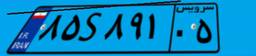
۸۵S۸۹۱۰۵